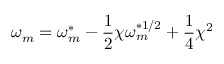
\omega _ { m } = \omega _ { m } ^ { * } - \frac { 1 } { 2 } \chi \omega _ { m } ^ { * 1 / 2 } + \frac { 1 } { 4 } \chi ^ { 2 }